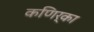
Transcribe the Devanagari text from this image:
कणिर्का